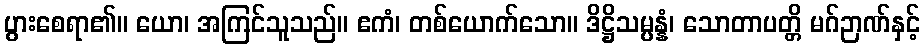
ပွားစေရာ၏။ ယော၊ အကြင်သူသည်။ ဧကံ၊ တစ်ယောက်သော။ ဒိဋ္ဌိသမ္ပန္နံ၊ သောတာပတ္တိ မဂ်ဉာဏ်နှင့်